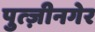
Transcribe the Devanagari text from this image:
पुत्ज़ीनगेर